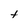
Character: t